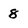
Character: 8